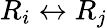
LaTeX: R_{i}\leftrightarrow R_{j}